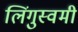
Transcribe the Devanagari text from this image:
लिंगुस्वमी